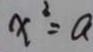
x ^ { 2 } = a